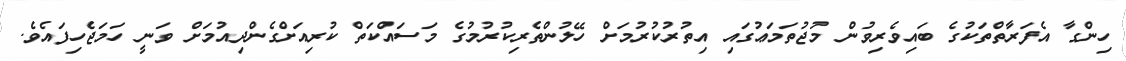
ހިންގާ އެފަރާތްތަކުގެ ބައިވެރިވުން މުޖުތަމަޢުގައި އިތުރުކުރުމަށް ހޭލުންތެރިކުރުމުގެ މަސައްކަތް ކުރިއަށްގެންދިއުމަށް ވަނީ ހަމަޖެހިފައެވެ.